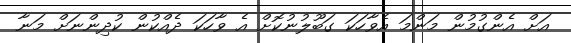
އަށް އެންގުމުން މަންމަ އެވާހަކަ ގަބޫލުނުކޮށް އެ ވާހަކަ ދެއްކުން ކުދިންނަށް މަނާ